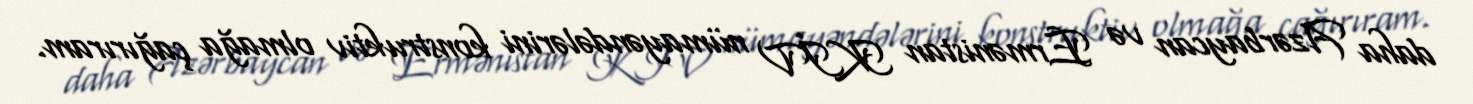
daha Azərbaycan və Ermənistan KİV nümayəndələrini konstruktiv olmağa çağırıram.